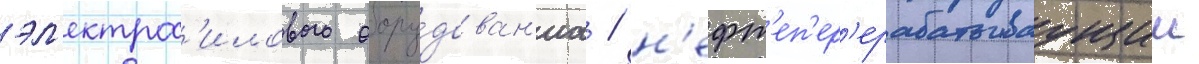
эл'ектрос'илового обору́дован'иа / н'ефт'еп'ер'ерабатываущии